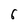
Character: 6